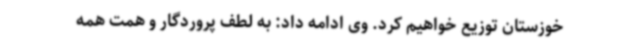
خوزستان توزیع خواهیم کرد. وی ادامه داد: به لطف پروردگار و همت همه